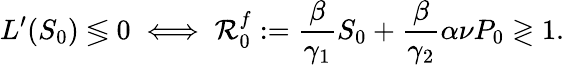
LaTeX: L^{\prime}(S_{0})\lessgtr 0\iff\mathcal{R}_{0}^{f}:=\frac{\beta}{\gamma_{1}}S_{0}+\frac{\beta}{\gamma_{2}}\alpha\nu P_{0}\gtrless 1.